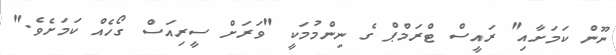
ނޫން ކަމަށާއި" ރައީސް ޓްރަމްޕް ގެ ނިންމުމަކީ "ވަރަށް ސީރިއަސް ގޯހެއް ކަމަށެވެ."